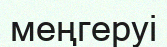
меңгеруі